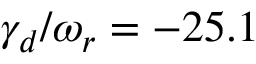
\gamma _ { d } / \omega _ { r } = - 2 5 . 1 \